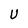
Character: U